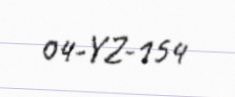
04-YZ-154